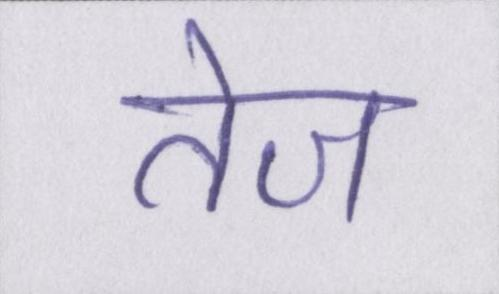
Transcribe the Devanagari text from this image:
तेज